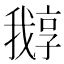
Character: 𡦛